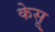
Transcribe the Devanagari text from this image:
केसू